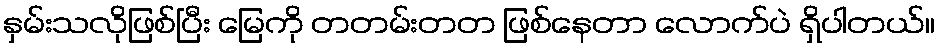
နှမ်းသလိုဖြစ်ပြီး မြေကို တတမ်းတတ ဖြစ်နေတာ လောက်ပဲ ရှိပါတယ်။